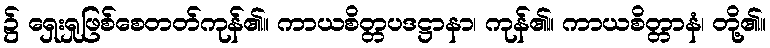
၌ ရှေးရှုဖြစ်စေတတ်ကုန်၏။ ကာယစိတ္တပဒဋ္ဌာနာ၊ ကုန်၏။ ကာယစိတ္တာနံ၊ တို့၏။